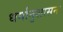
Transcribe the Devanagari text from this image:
धर्मानुशासन